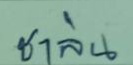
ชาลิน